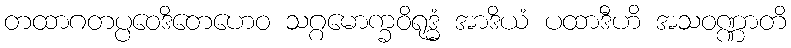
တထာဂတပ္ပဝေဒိတေဟေဝ သဂ္ဂမောက္ခဝိရုဒ္ဓံ အာဒိယံ ပထာဒီဟိ အသဝဏ္ဏာတိ